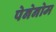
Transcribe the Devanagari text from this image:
पेनेनोम